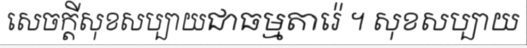
សេចក្តីសុខសប្បាយជាធម្មតារ៉េ ។ សុខសប្បាយ